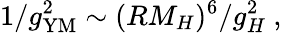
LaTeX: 1/g_{\mathrm{YM}}^{2}\sim(RM_{H})^{6}/g_{H}^{2}\ ,